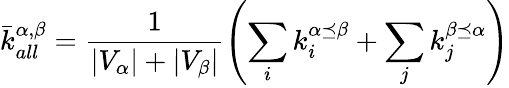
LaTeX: \bar{k}_{all}^{\alpha,\beta}=\frac{1}{|V_{\alpha}|+|V_{\beta}|}\left(\sum_{i}{k_{i}^{\alpha\preceq\beta}}+\sum_{j}{k_{j}^{\beta\preceq\alpha}}\right)